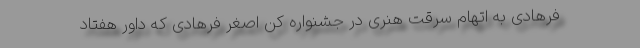
فرهادی به اتهام سرقت هنری در جشنواره کن اصغر فرهادی که داور هفتاد